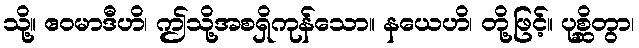
သို့။ ဧဝမာဒီဟိ၊ ဤသို့အစရှိကုန်သော။ နယေဟိ၊ တို့ဖြင့်။ ပုစ္ဆိတွာ၊